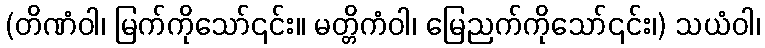
(တိဏံဝါ၊ မြက်ကိုသော်၎င်း။ မတ္တိကံဝါ၊ မြေညက်ကိုသော်၎င်း၊) သယံဝါ၊